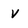
Character: v